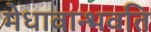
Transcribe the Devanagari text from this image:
मेधावान्भवति